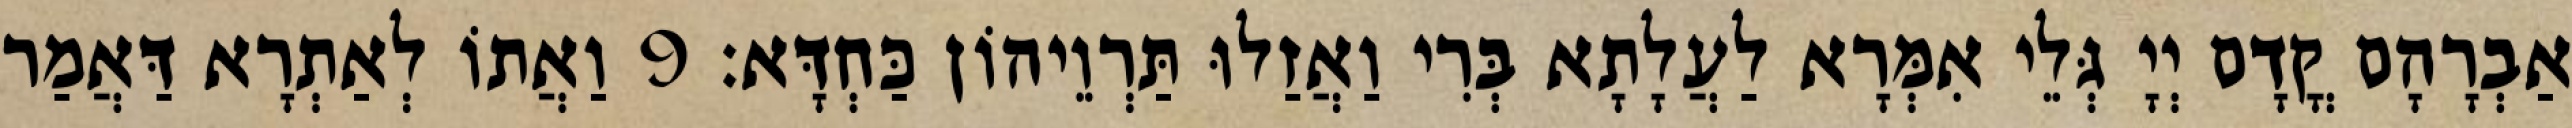
אַבְרָהָם קֳדָם יְיָ גְּלֵי אִמְּרָא לַעֲלָתָא בְּרִי וַאֲזַלוּ תַּרְוֵיהוֹן כַּחְדָּא׃ 9 וַאֲתוֹ לְאַתְרָא דַּאֲמַר